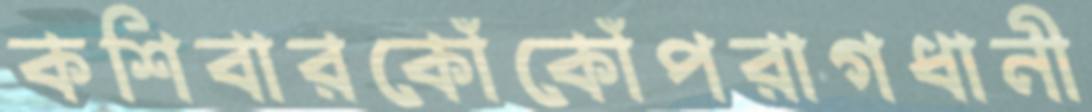
কশিবারকোঁকোঁপরাগধানী